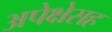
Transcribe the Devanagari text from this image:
अपेक्षेसह